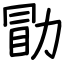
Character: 勖